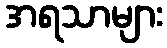
အရသာများ